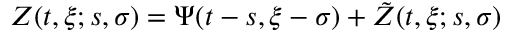
Z ( t , \xi ; s , \sigma ) = \Psi ( t - s , \xi - \sigma ) + \tilde { Z } ( t , \xi ; s , \sigma )